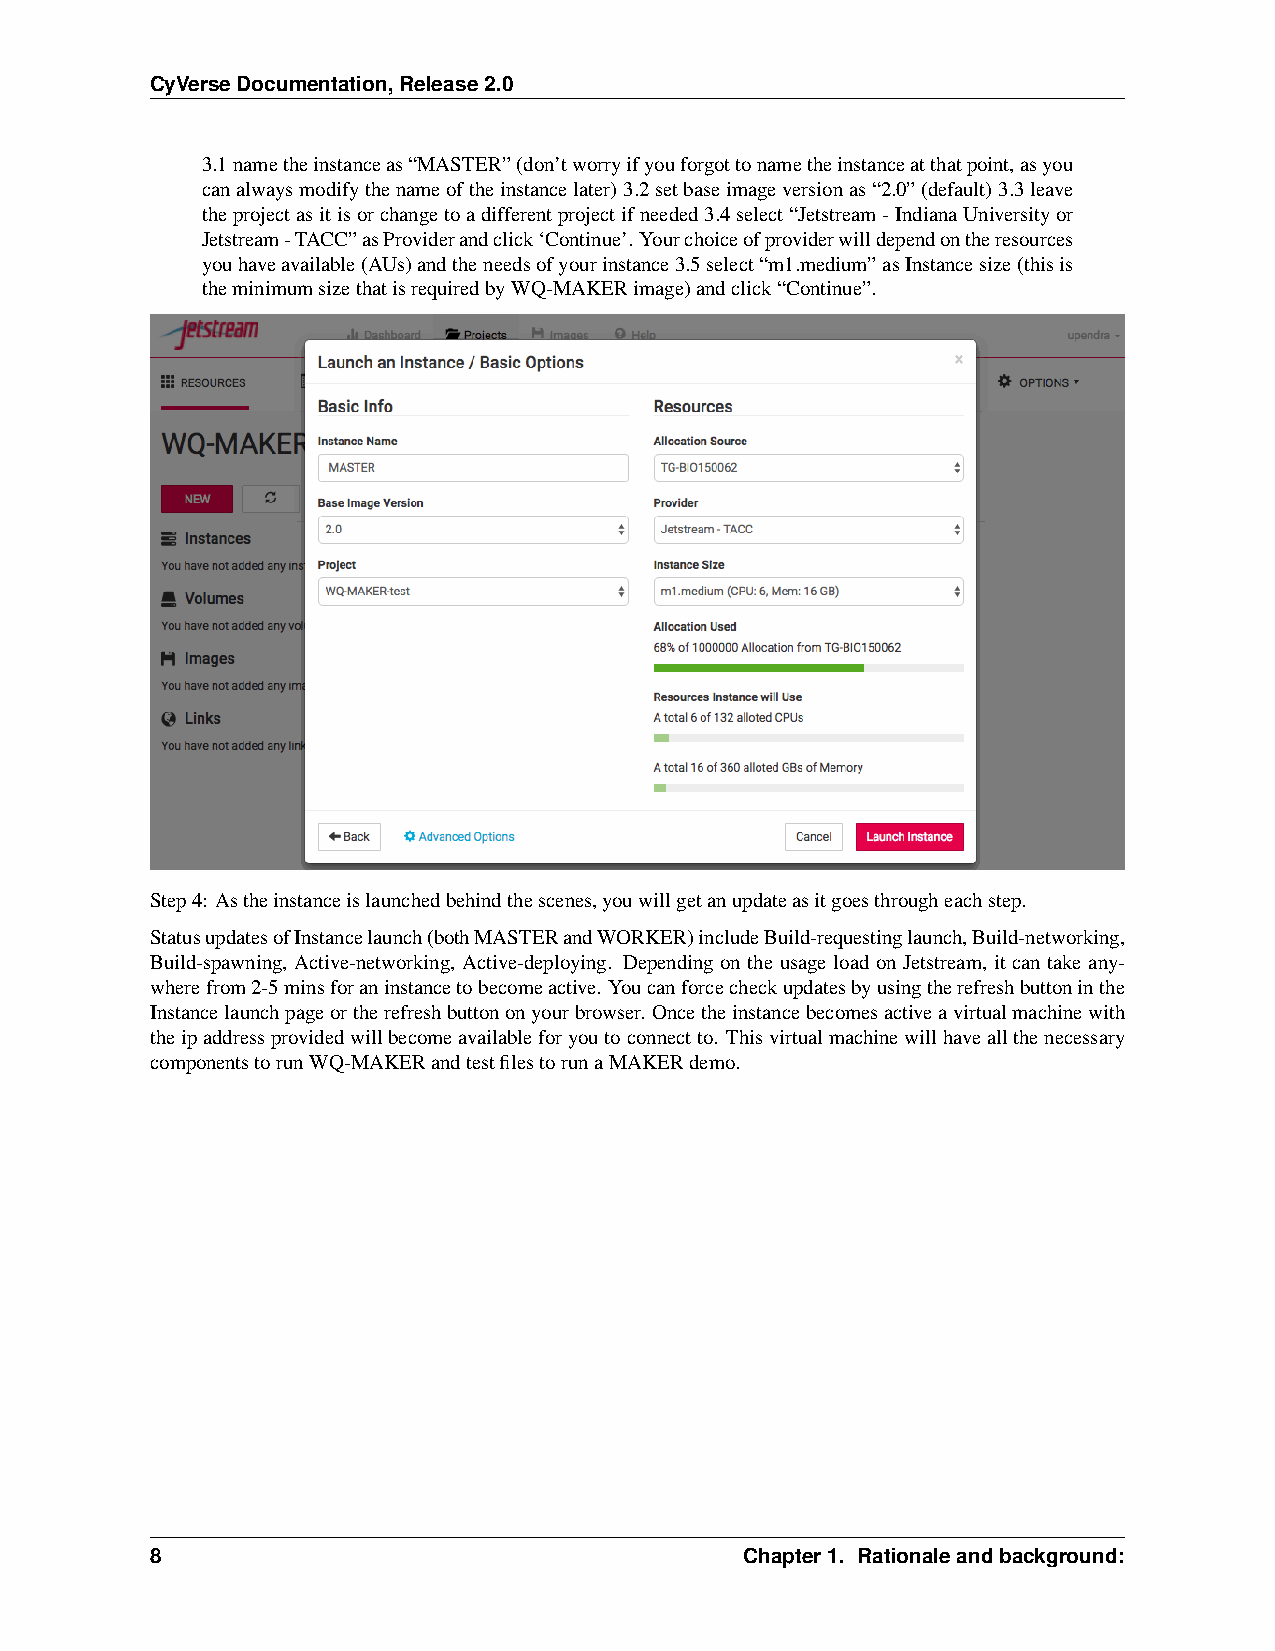
CyVerseDocumentation,Release2.0
 3.1nametheinstanceas“MASTER”(don’tworryifyouforgottonametheinstanceatthatpoint,asyou
 canalwaysmodifythenameoftheinstancelater)3.2setbaseimageversionas“2.0”(default)3.3leave
 theprojectasitisorchangetoadifferentprojectifneeded3.4select“Jetstream-IndianaUniversityor
 Jetstream-TACC”asProviderandclick‘Continue’.Yourchoiceofproviderwilldependontheresources
 youhaveavailable(AUs)andtheneedsofyourinstance3.5select“m1.medium”asInstancesize(thisis
 theminimumsizethatisrequiredbyWQ-MAKERimage)andclick“Continue”.
 Step4: Astheinstanceislaunchedbehindthescenes,youwillgetanupdateasitgoesthrougheachstep.
 StatusupdatesofInstancelaunch(bothMASTERandWORKER)includeBuild-requestinglaunch,Build-networking,
 Build-spawning, Active-networking, Active-deploying. Depending on the usage load on Jetstream, it can take any-
 wherefrom2-5minsforaninstancetobecomeactive. Youcanforcecheckupdatesbyusingtherefreshbuttoninthe
 Instancelaunchpageortherefreshbuttononyourbrowser. Oncetheinstancebecomesactiveavirtualmachinewith
 theipaddressprovidedwillbecomeavailableforyoutoconnectto. Thisvirtualmachinewillhaveallthenecessary
 componentstorunWQ-MAKERandtestfilestorunaMAKERdemo.
 8                                      Chapter1. Rationaleandbackground: